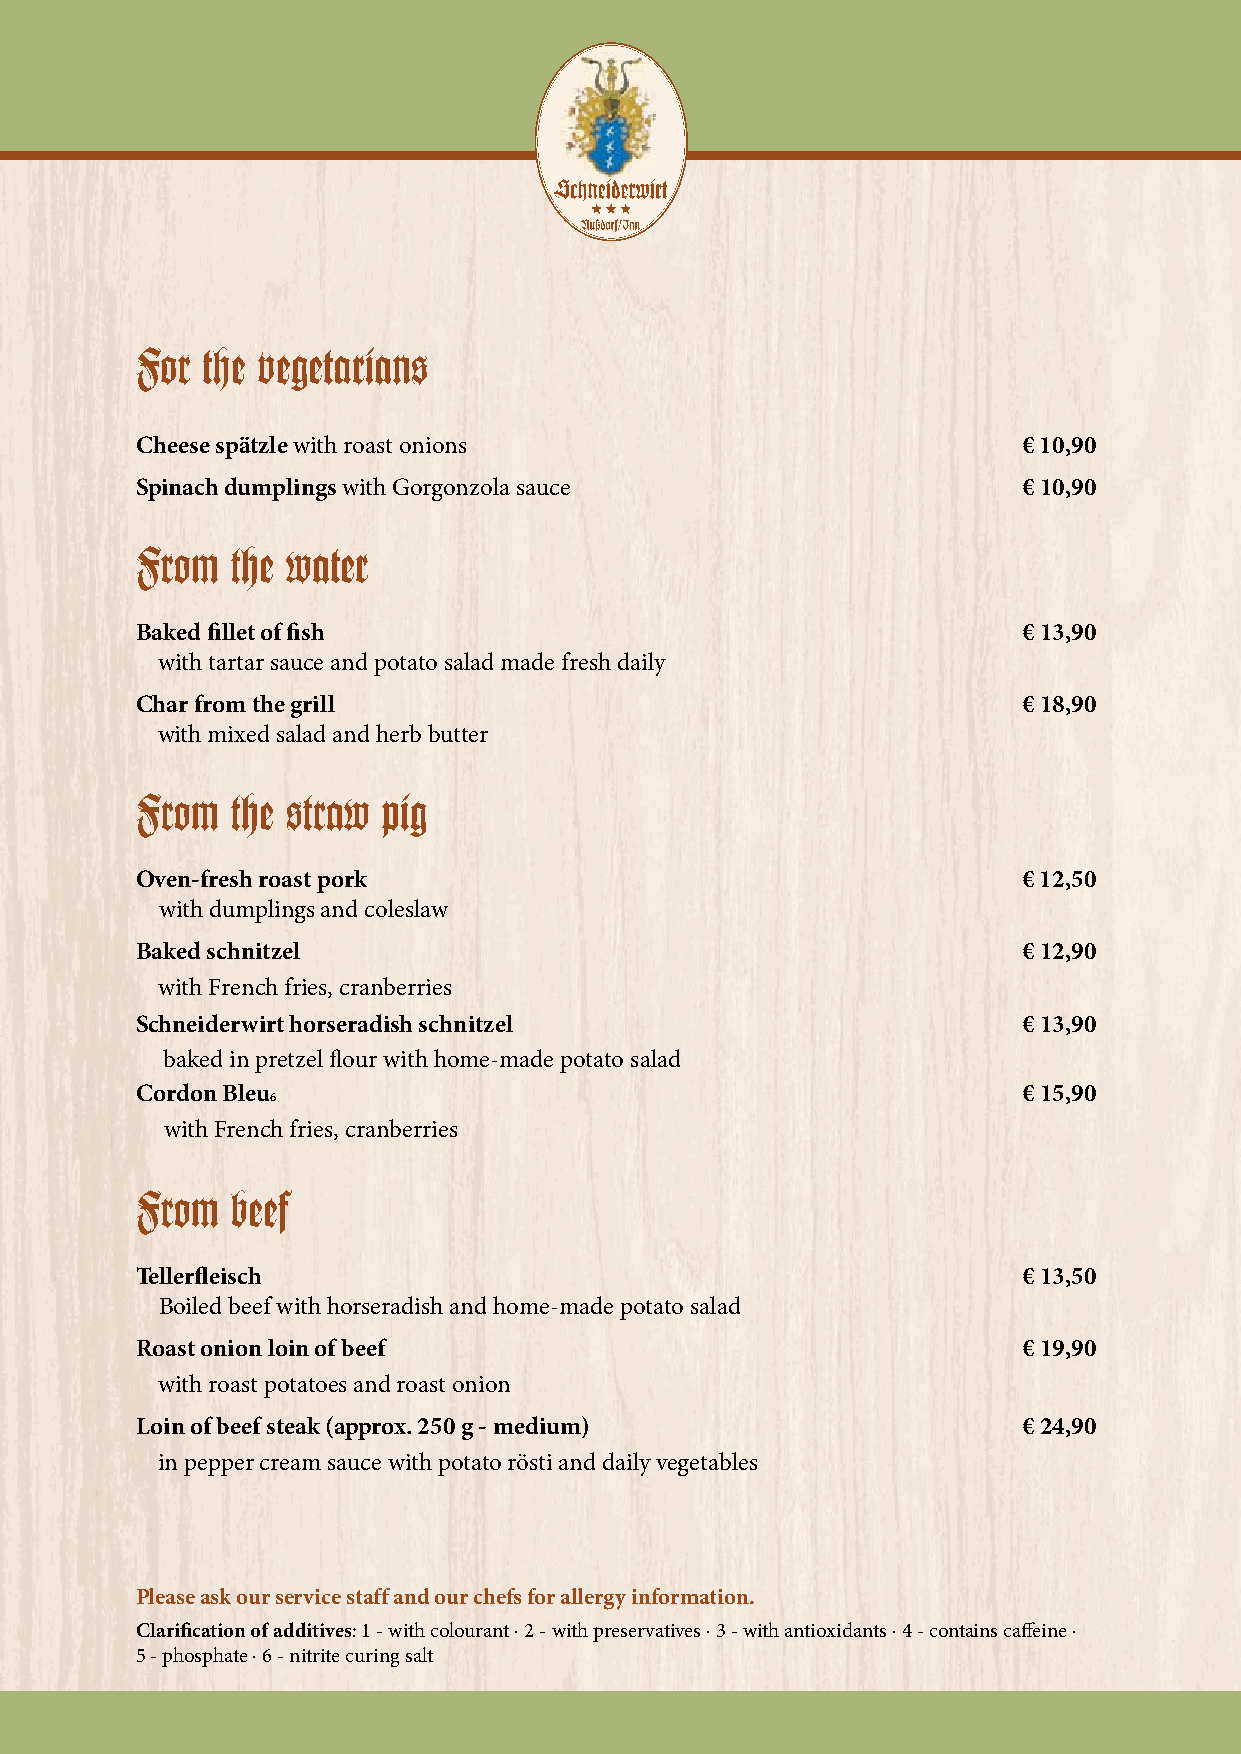
For the vegetarians
 Cheese spätzle with roast onions                           € 10,90
 Spinach dumplings with Gorgonzola sauce                    € 10,90
 From  the water
 Baked fillet of fish                                       € 13,90
 with tartar sauce and potato salad made fresh daily
 Char from the grill                                        € 18,90
 with mixed salad and herb butter
 From  the straw pig
 Oven-fresh roast pork                                      € 12,50
 with dumplings and coleslaw
 Baked schnitzel                                            € 12,90
 with French fries, cranberries
 Schneiderwirt horseradish schnitzel                        € 13,90
 baked in pretzel flour with home-made potato salad
 Cordon Bleu                                                € 15,90
 6
 with French fries, cranberries
 From  beef
 Tellerfleisch                                              € 13,50
 Boiled beef with horseradish and home-made potato salad
 Roast onion loin of beef                                   € 19,90
 with roast potatoes and roast onion
 Loin of beef steak (approx. 250 g - medium)                € 24,90
 in pepper cream sauce with potato rösti and daily vegetables
 Please ask our service staff and our chefs for allergy information.
 Clarification of additives: 1 - with colourant · 2 - with preservatives · 3 - with antioxidants · 4 - contains caffeine ·
 5 - phosphate · 6 - nitrite curing salt